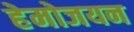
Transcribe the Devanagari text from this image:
हेमोजयन